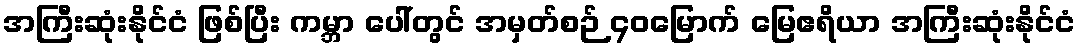
အကြီးဆုံးနိုင်ငံ ဖြစ်ပြီး ကမ္ဘာ ပေါ်တွင် အမှတ်စဉ် ၄၀မြောက် မြေဧရိယာ အကြီးဆုံးနိုင်ငံ